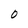
Character: 0